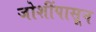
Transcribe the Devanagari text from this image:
जोशींपासून